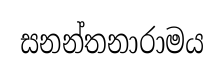
සනන්තනාරාමය